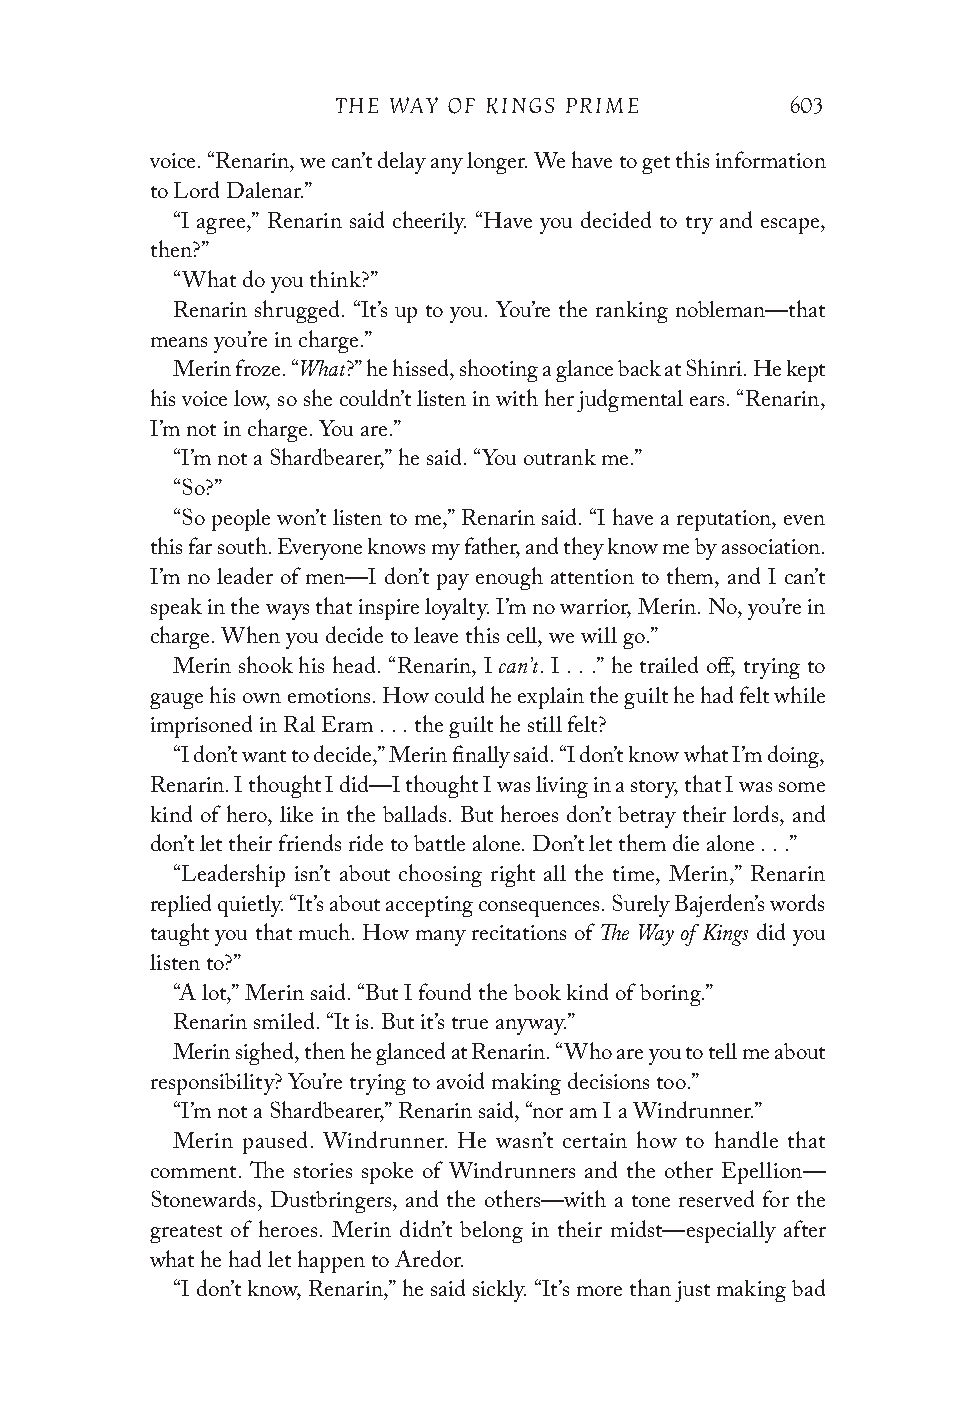
THE WAY OF KINGS PRIME        603
 voice. “Renarin, we can’t delay any longer. We have to get this information
 to Lord Dalenar.”
 “I agree,” Renarin said cheerily. “Have you decided to try and escape,
 then?”
 “What do you think?”
 Renarin shrugged. “It’s up to you. You’re the ranking nobleman—that
 means you’re in charge.”
 What
 Merin froze. “ ?” he hissed, shooting a glance back at Shinri. He kept
 his voice low, so she couldn’t listen in with her judgmental ears. “Renarin,
 I’m not in charge. You are.”
 “I’m not a Shardbearer,” he said. “You outrank me.”
 “So?”
 “So people won’t listen to me,” Renarin said. “I have a reputation, even
 this far south. Everyone knows my father, and they know me by association.
 I’m no leader of men—I don’t pay enough attention to them, and I can’t
 speak in the ways that inspire loyalty. I’m no warrior, Merin. No, you’re in
 charge. When you decide to leave this cell, we will go.”
 can’t
 Merin shook his head. “Renarin, I . I . . .” he trailed off, trying to
 gauge his own emotions. How could he explain the guilt he had felt while
 imprisoned in Ral Eram . . . the guilt he still felt?
 “I don’t want to decide,” Merin finally said. “I don’t know what I’m doing,
 Renarin. I thought I did—I thought I was living in a story, that I was some
 kind of hero, like in the ballads. But heroes don’t betray their lords, and
 don’t let their friends ride to battle alone. Don’t let them die alone . . .”
 “Leadership isn’t about choosing right all the time, Merin,” Renarin
 replied quietly. “It’s about accepting consequences. Surely Bajerden’s words
 The Way of Kings
 taught you that much. How many recitations of did you
 listen to?”
 “A lot,” Merin said. “But I found the book kind of boring.”
 Renarin smiled. “It is. But it’s true anyway.”
 Merin sighed, then he glanced at Renarin. “Who are you to tell me about
 responsibility? You’re trying to avoid making decisions too.”
 “I’m not a Shardbearer,” Renarin said, “nor am I a Windrunner.”
 Merin paused. Windrunner. He wasn’t certain how to handle that
 comment. The stories spoke of Windrunners and the other Epellion—
 Stonewards, Dustbringers, and the others—with a tone reserved for the
 greatest of heroes. Merin didn’t belong in their midst—especially after
 what he had let happen to Aredor.
 “I don’t know, Renarin,” he said sickly. “It’s more than just making bad